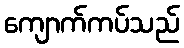
ကျောက်ကပ်သည်